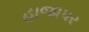
હાજાપર